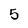
Character: 5